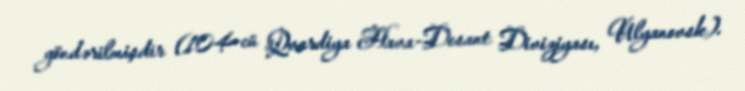
göndərilmişdir (104-cü Qvardiya Hava-Desant Diviziyası, Ulyanovsk).